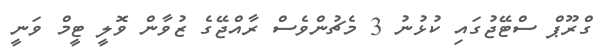
ގްރޫޕް ސްޓޭޖުގައި ކުޅުނު 3 މެޗުންވެސް ރާއްޖޭގެ ޒުވާން ވޮލީ ޓީމް ވަނީ